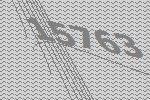
15763